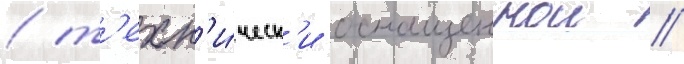
/ т'ехн'и́ческ'и оснащеннои /